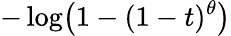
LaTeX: -\log\! \left(1-(1-t)^{\theta}\right)